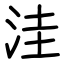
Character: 洼